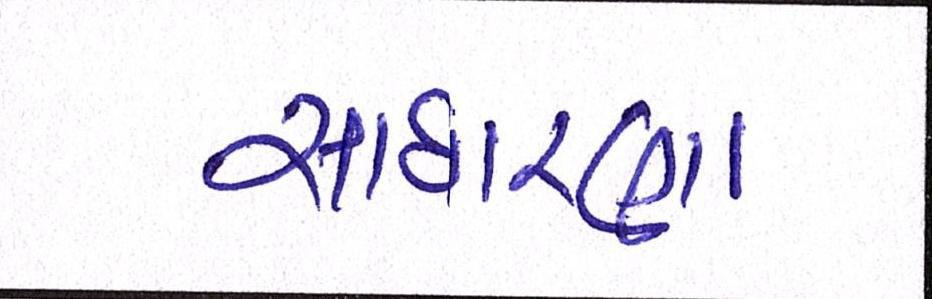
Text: સાઘારણ